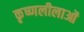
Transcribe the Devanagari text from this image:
कृष्णलीलाओं